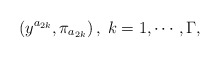
\begin{align*}\left( y^{a_{2k}},\pi _{a_{2k}}\right) ,\;k=1,\cdots ,\Gamma , \end{align*}